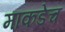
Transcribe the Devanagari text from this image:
माकडेच